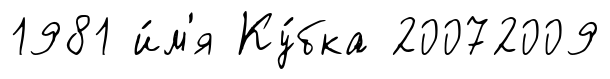
1981 и́м'я Ку́бка 20072009